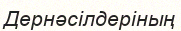
Дернәсілдеріның